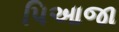
પિઆજા